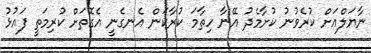
ނާޔަލްއަށް ކުރެވުނު ކުށާމެދު އޭނާ ހިތާމަ ކުރާކަން އެނގެނީ އެގޮތަށް ކުރިމަތީ ފައުޅު